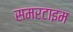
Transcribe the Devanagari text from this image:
समरटाइम